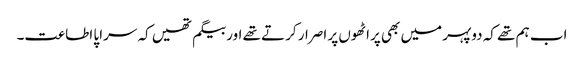
اب ہم تھے کہ دوپہر میں بھی پراٹھوں پر اصرار کرتے تھے اور بیگم تھیں کہ سراپا اطاعت۔